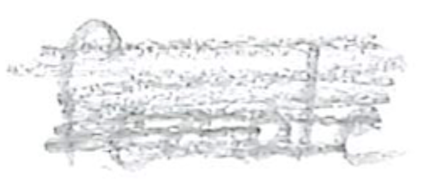
Text: female
Cross-out: mix
Writing tool: pencil